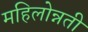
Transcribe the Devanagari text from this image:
महिलोन्नती